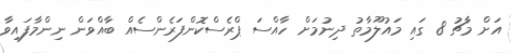
އަށް މާޗު 8 ގައި މައުލޫމާތު ދިނުމަށް ހާއްސަ ޕްރެސްކޮންފަރެންސެއް ބާއްވަން ނިންމާފައިވާ